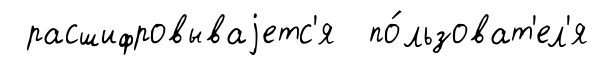
расшифровываjетс'я по́льзоват'ел'я